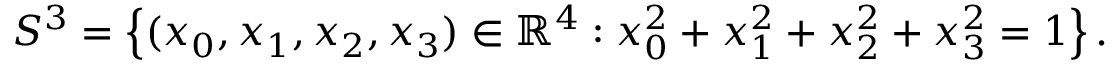
S ^ { 3 } = \left\{ ( x _ { 0 } , x _ { 1 } , x _ { 2 } , x _ { 3 } ) \in \mathbb { R } ^ { 4 } : x _ { 0 } ^ { 2 } + x _ { 1 } ^ { 2 } + x _ { 2 } ^ { 2 } + x _ { 3 } ^ { 2 } = 1 \right\} .